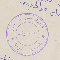
كنيسة مار جرجس القبيات - غوايا لجنة الوقف